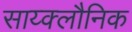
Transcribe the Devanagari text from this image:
साय्क्लौनिक